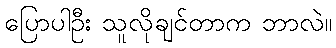
ပြောပါဦး သူလိုချင်တာက ဘာလဲ။